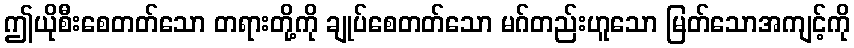
ဤယိုစီးစေတတ်သော တရားတို့ကို ချုပ်စေတတ်သော မဂ်တည်းဟူသော မြတ်သောအကျင့်ကို